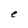
Character: e